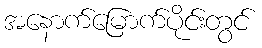
အနောက်မြောက်ပိုင်းတွင်